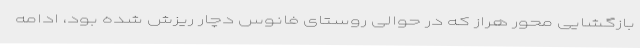
بازگشایی محور هراز که در حوالی روستای فانوس دچار ریزش شده بود، ادامه